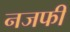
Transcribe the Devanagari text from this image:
नजफी